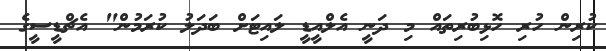
ކުރިން ހުރި ހޮޅިބުރިތައް މި ދަނީ އެލްއީޑީ ލައިޓަށް ބަދަލު ކުރަމުން" އެޗްޑީސީގެ